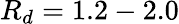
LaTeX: R_{d}=1.2-2.0